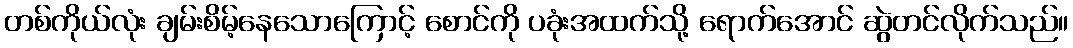
တစ်ကိုယ်လုံး ချမ်းစိမ့်နေသောကြောင့် စောင်ကို ပခုံးအထက်သို့ ရောက်အောင် ဆွဲတင်လိုက်သည်။